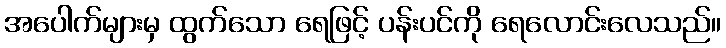
အပေါက်များမှ ထွက်သော ရေဖြင့် ပန်းပင်ကို ရေလောင်းလေသည်။